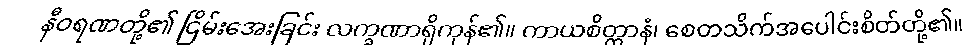
နီဝရဏတို့၏ ငြိမ်းအေးခြင်း လက္ခဏာရှိကုန်၏။ ကာယစိတ္တာနံ၊ စေတသိက်အပေါင်းစိတ်တို့၏။